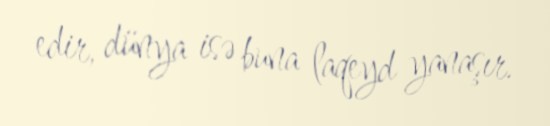
edir, dünya isə buna laqeyd yanaşır.